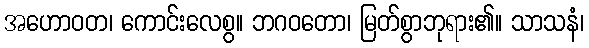
အဟောဝတ၊ ကောင်းလေစွ။ ဘဂဝတော၊ မြတ်စွာဘုရား၏။ သာသနံ၊